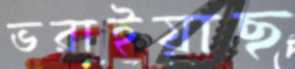
ভরাইয়াছ